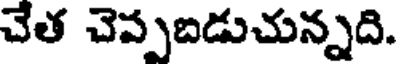
చేత చెప్పబడుచున్నది.